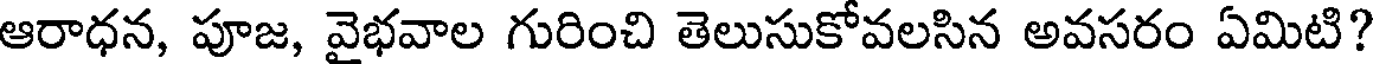
ఆరాధన, పూజ, వైభవాల గురించి తెలుసుకోవలసిన అవసరం ఏమిటి?